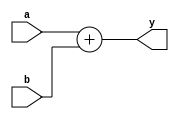
`timescale 1ns / 1ps

module ADDER
(
    input [31:0] a, b,
    output [31:0] y
);

    assign y = a + b;

endmodule